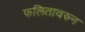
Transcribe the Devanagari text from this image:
फलितावरुन